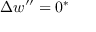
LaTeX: \Delta w ^ { \prime \prime } = 0 ^ { * }